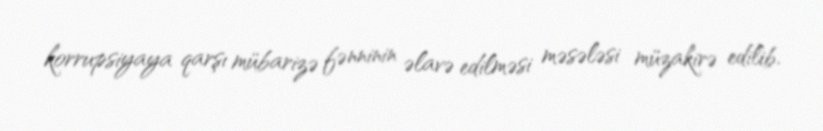
korrupsiyaya qarşı mübarizə fənninin əlavə edilməsi məsələsi müzakirə edilib.